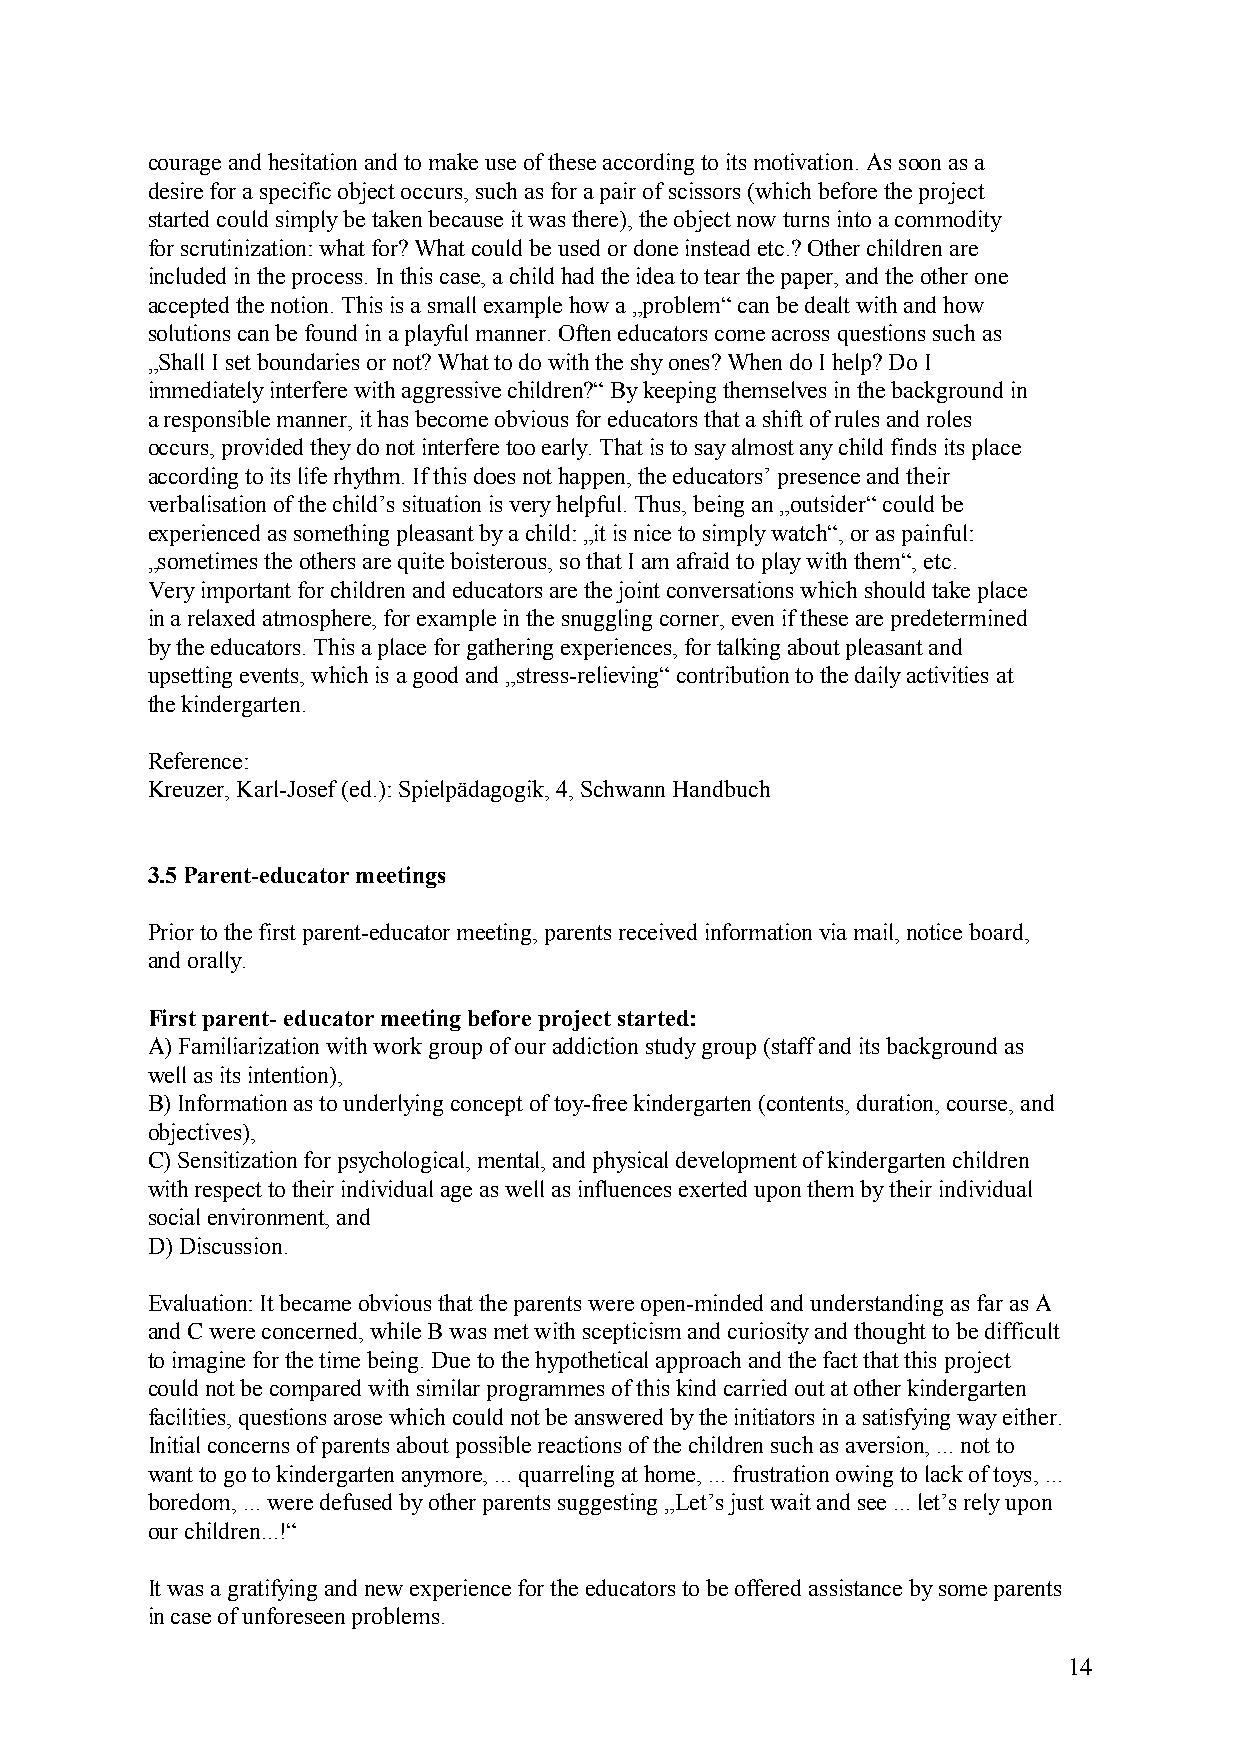
courage and hesitation and to make use of these according to its motivation. As soon as a
 desire for a specific object occurs, such as for a pair of scissors (which before the project
 started could simply be taken because it was there), the object now turns into a commodity
 for scrutinization: what for? What could be used or done instead etc.? Other children are
 included in the process. In this case, a child had the idea to tear the paper, and the other one
 accepted the notion. This is a small example how a „problem“ can be dealt with and how
 solutions can be found in a playful manner. Often educators come across questions such as
 „Shall I set boundaries or not? What to do with the shy ones? When do I help? Do I
 immediately interfere with aggressive children?“ By keeping themselves in the background in
 a responsible manner, it has become obvious for educators that a shift of rules and roles
 occurs, provided they do not interfere too early. That is to say almost any child finds its place
 according to its life rhythm. If this does not happen, the educators’ presence and their
 verbalisation of the child’s situation is very helpful. Thus, being an „outsider“ could be
 experienced as something pleasant by a child: „it is nice to simply watch“, or as painful:
 „sometimes the others are quite boisterous, so that I am afraid to play with them“, etc.
 Very important for children and educators are the joint conversations which should take place
 in a relaxed atmosphere, for example in the snuggling corner, even if these are predetermined
 by the educators. This a place for gathering experiences, for talking about pleasant and
 upsetting events, which is a good and „stress-relieving“ contribution to the daily activities at
 the kindergarten.
 Reference:
 Kreuzer, Karl-Josef (ed.): Spielpädagogik, 4, Schwann Handbuch
 3.5 Parent-educator meetings
 Prior to the first parent-educator meeting, parents received information via mail, notice board,
 and orally.
 First parent- educator meeting before project started:
 A) Familiarization with work group of our addiction study group (staff and its background as
 well as its intention),
 B) Information as to underlying concept of toy-free kindergarten (contents, duration, course, and
 objectives),
 C) Sensitization for psychological, mental, and physical development of kindergarten children
 with respect to their individual age as well as influences exerted upon them by their individual
 social environment, and
 D) Discussion.
 Evaluation: It became obvious that the parents were open-minded and understanding as far as A
 and C were concerned, while B was met with scepticism and curiosity and thought to be difficult
 to imagine for the time being. Due to the hypothetical approach and the fact that this project
 could not be compared with similar programmes of this kind carried out at other kindergarten
 facilities, questions arose which could not be answered by the initiators in a satisfying way either.
 Initial concerns of parents about possible reactions of the children such as aversion, ... not to
 want to go to kindergarten anymore, ... quarreling at home, ... frustration owing to lack of toys, ...
 boredom, ... were defused by other parents suggesting „Let’s just wait and see ... let’s rely upon
 our children...!“
 It was a gratifying and new experience for the educators to be offered assistance by some parents
 in case of unforeseen problems.
 14